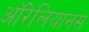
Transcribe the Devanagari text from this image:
ऑरेलियानस